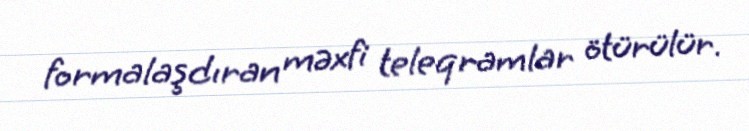
formalaşdıran məxfi teleqramlar ötürülür.